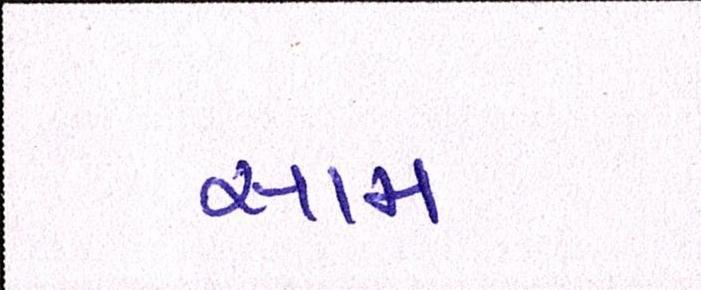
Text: સામ